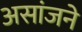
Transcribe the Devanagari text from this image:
असांजने